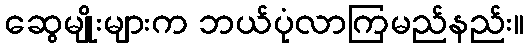
ဆွေမျိုးများက ဘယ်ပုံလာကြမည်နည်း။